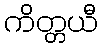
ကိတ္တယီ